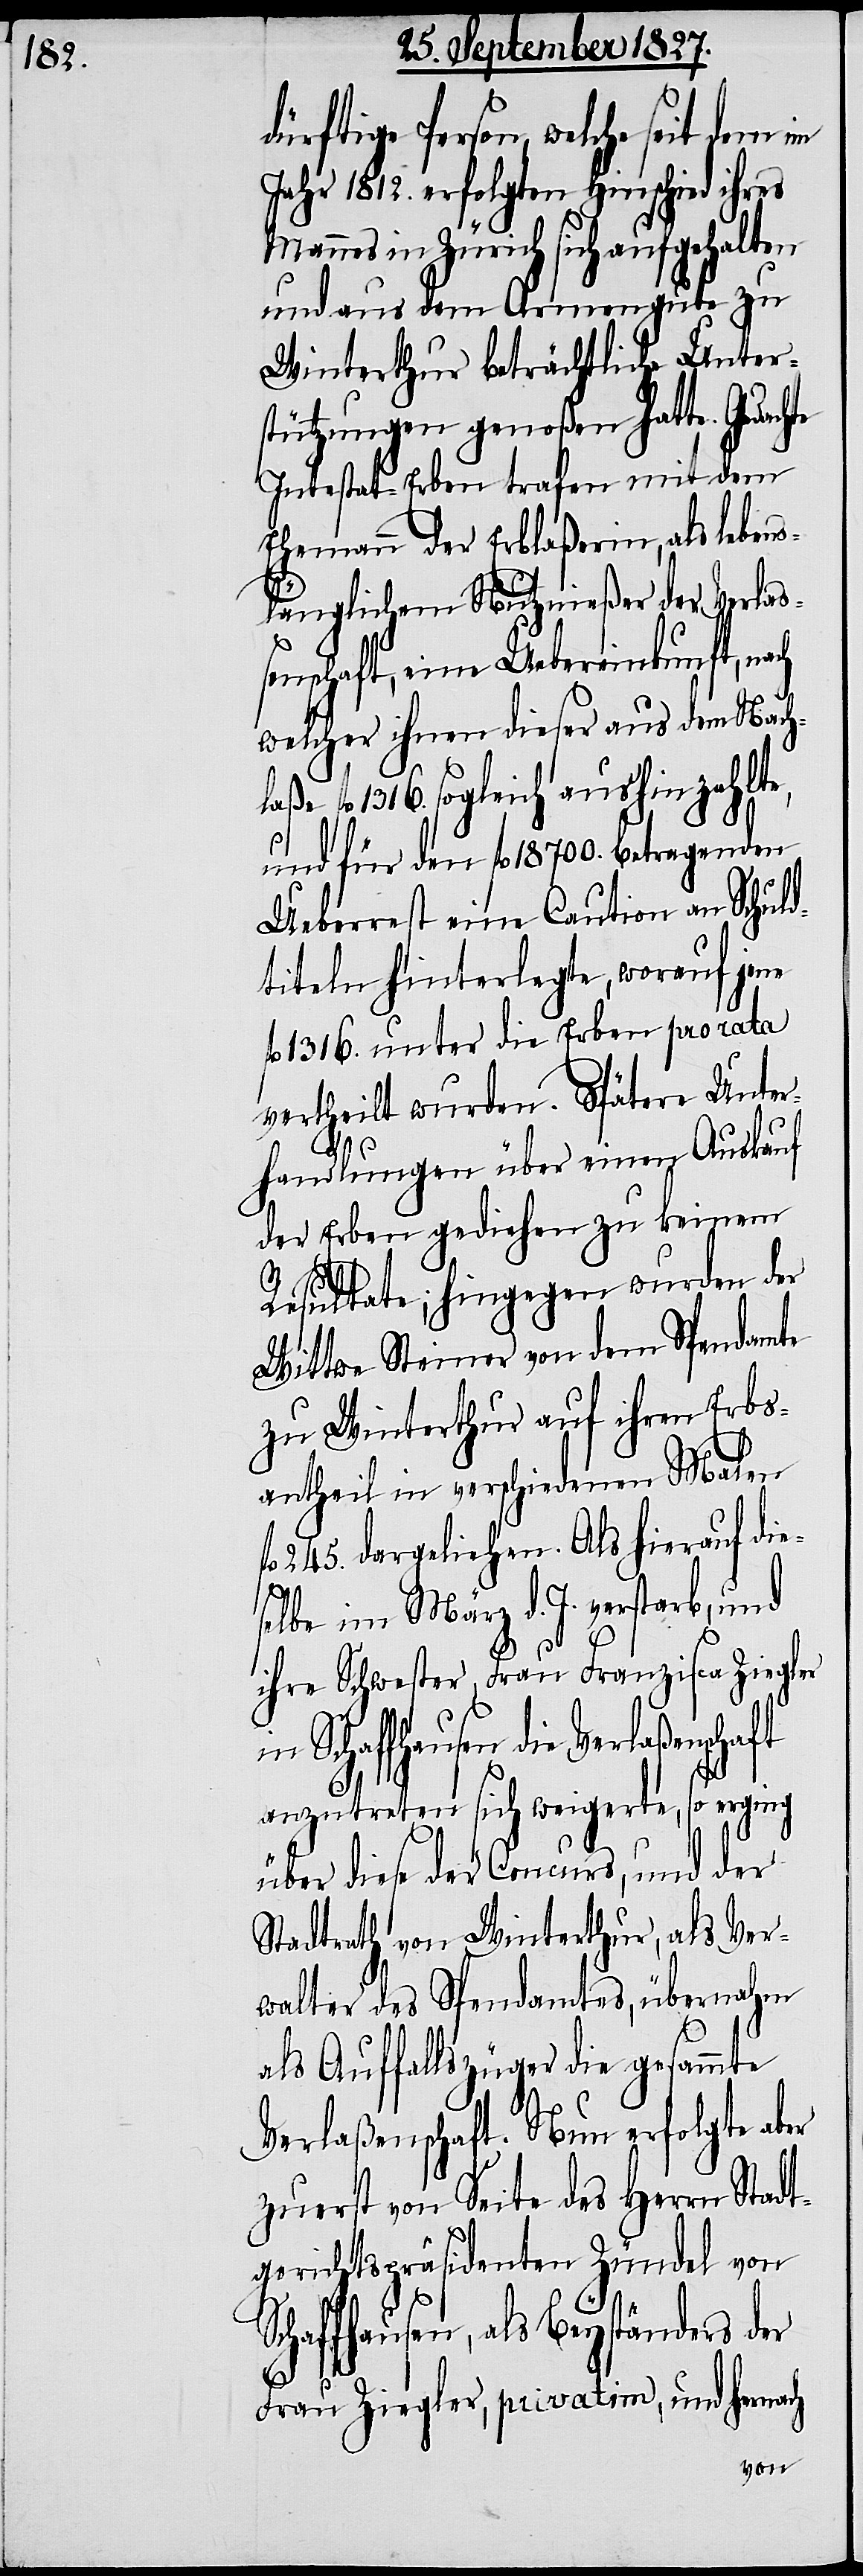
ürftige Person, welche seit dem im
Jahr 1812. erfolgten Hinschied ihres
Mannes in Zürich sich aufgehalten
und aus dem Armengute zu
Winterthur beträchtliche Unter¬
stützungen genoßen hatte. Ge¬
Intestat-Erben trafen mit dem
Ehemann der Erblaßerin, als lebens¬
länglichem Nutznießer der Verlaß¬
enschaft, eine Uebereinkunft, nach
welcher ihnen dieser aus dem Nach¬
fl. 1316. sogleich aushinzahlte,
und für den fl. 18700. betragenden
Ueberrest eine Caution an Schuld¬
titeln hinterlegte, worauf jene
fl. 1316. unter die Erben pro rata
vertheilt wurden. Spätere Unter¬
laße
handlungen über einen Auskauf
der Erben gediehen zu keinem
S¬
fl.
Resultate; hingegen wurden der
Wittwe Steiner von dem Spendamte
zu Winterthur auf ihren Erbs¬
antheil in verschiedenen Malen
245. dargeliehen. Als hierauf die¬
selbe im März d. J. verstarb, und
ihre Schwester, Frau Franziska Ziegler
Schaffhausen die Verlaßenschaft
anzutreten sich weigert, so erging
über diese der Concurs, und der
Stadtrath von Winterthur, als Ver¬
walter des Spendamtes, übernahm
als Auffallszüger die gesammte
Verlaßenschaft. Nun erfolgte aber
zuerst von Seite des Herrn Stadt¬
gerichtspräsidenten Zündel von
chaffhausen, als Beyständers der
Frau Ziegler, privatim, und hernach